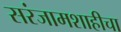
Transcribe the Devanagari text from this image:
सरंजामशाहीचा